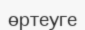
өртеуге